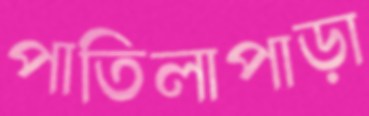
পাতিলাপাড়া